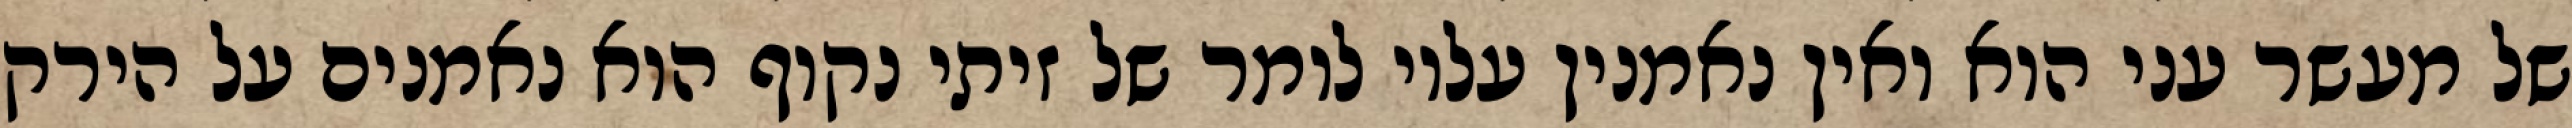
של מעשר עני הוא ואין נאמנין עליו לומר של זיתי נקוף הוא נאמנים על הירק